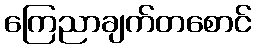
ကြေညာချက်တစောင်